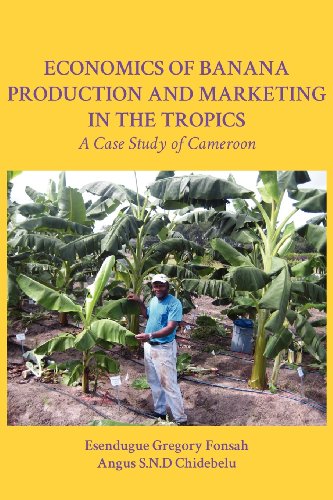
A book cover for Economics of Banana Production and Marketing in the Tropics. A Case Study of Cameroon; Esendugue Gregory Fonsah; Science & Math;